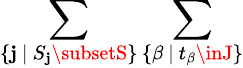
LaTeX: \sum_{\{ \mathbf{j}~|~S_{\mathbf{j}}\subsetS\} }\sum_{\{ \beta~|~t_{\beta}\inJ\} }